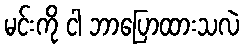
မင်းကို ငါ ဘာပြောထားသလဲ